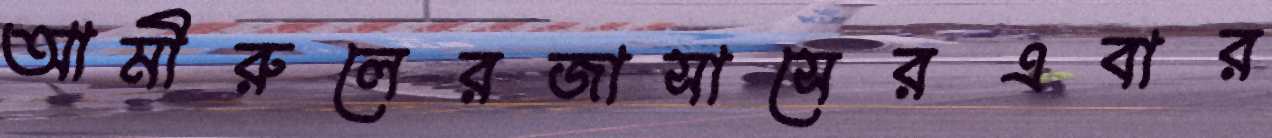
আমীরুলেরজাসাসেরএবার